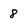
Character: 8